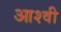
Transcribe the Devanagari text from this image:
आश्वी